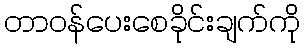
တာဝန်ပေးစေခိုင်းချက်ကို